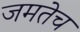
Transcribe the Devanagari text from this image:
जमतेच